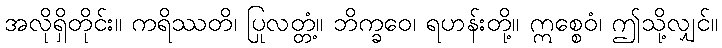
အလိုရှိတိုင်း။ ကရိဿတိ၊ ပြုလတ္တံ့။ ဘိက္ခဝေ၊ ရဟန်းတို့။ ဣစ္စေဝံ၊ ဤသို့လျှင်။